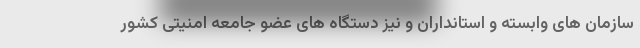
سازمان های وابسته و استانداران و نیز دستگاه های عضو جامعه امنیتی کشور